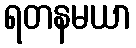
ရတနမယာ